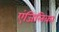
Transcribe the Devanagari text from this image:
एंजिलिका